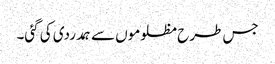
جس طرح مظلوموں سے ہمدردی کی گئی۔